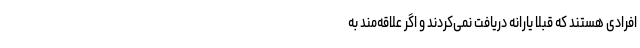
افرادی هستند که قبلاً یارانه دریافت نمی‌کردند و اگر علاقه‌مند به